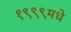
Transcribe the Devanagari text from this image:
१९९९मधे